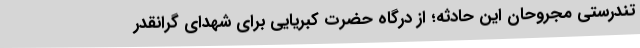
تندرستی مجروحان این حادثه؛ از درگاه حضرت کبریایی برای شهدای گرانقدر